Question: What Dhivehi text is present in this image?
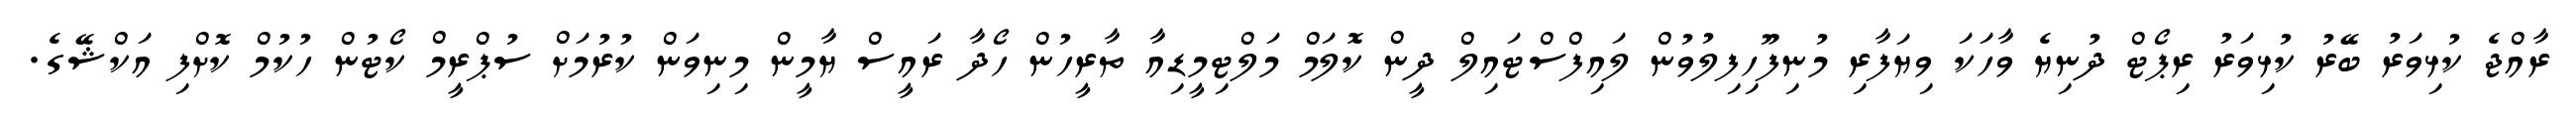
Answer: ރާއްޖެ ކުޅިވަރު ބޭރު ކުޅިވަރު ރިޕޯޓް ދުނިޔެ ވާހަކަ ވިޔަފާރި މުނިފޫހިފިލުވުން ލައިފްސްޓައިލް ދީން ކޮލަމް މަލްޓިމީޑިއާ ތާރީހުން ހޯދާ ރައީސް ޔާމީން މިނިވަން ކުރުމަށް ސުޕްރީމް ކޯޓުން ހުކުމް ކޮށްފި އަކްޝޭގެ.